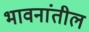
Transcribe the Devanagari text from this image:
भावनांतील